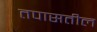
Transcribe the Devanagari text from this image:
तपासतील